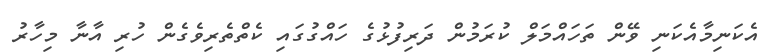
އެކަނިމާއެކަނި ވޭން ތަހައްމަލް ކުރަމުން ދަރިފުޅުގެ ހައްގުގައި ކެތްތެރިވެގެން ހުރި އާނާ މިހާރު